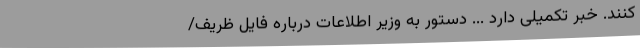
کنند. خبر تکمیلی دارد ... دستور به وزیر اطلاعات درباره فایل ظریف/